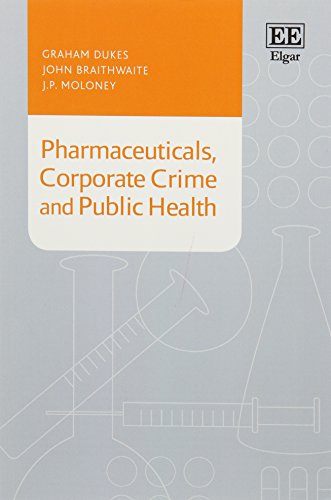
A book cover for Pharmaceuticals, Corporate Crime and Public Health; Graham Dukes; Business & Money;